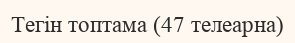
Тегін топтама (47 телеарна)